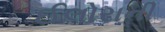
ઈલોરાની